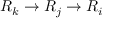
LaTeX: R _ { k } \to R _ { j } \to R _ { i }